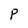
Character: P